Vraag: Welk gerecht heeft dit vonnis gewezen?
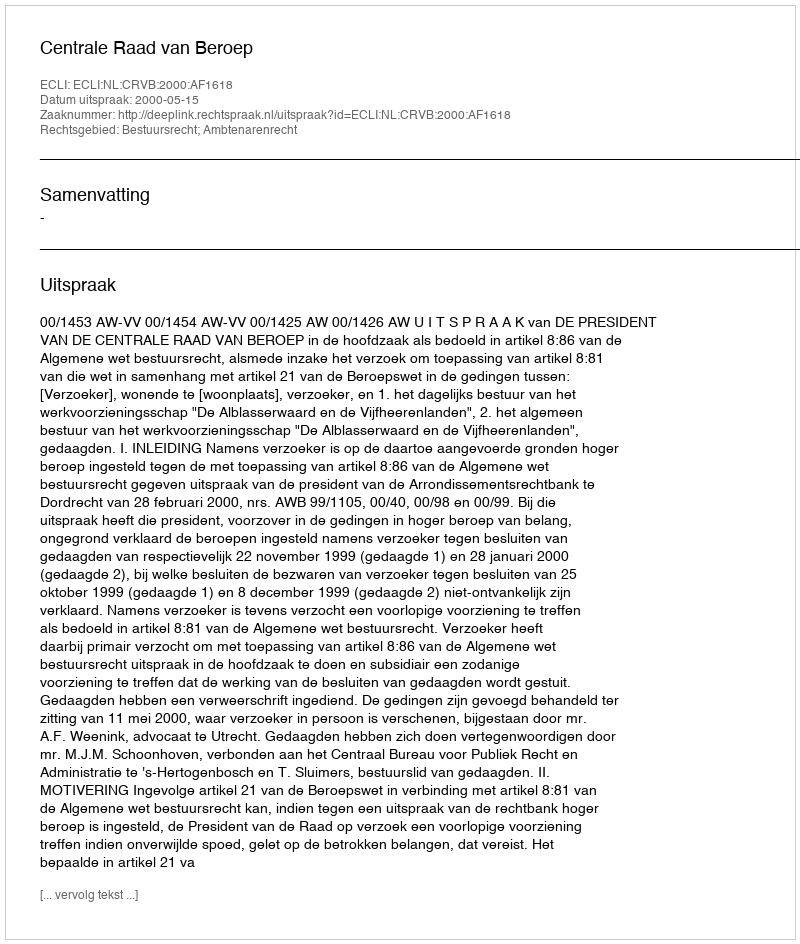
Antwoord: Centrale Raad van Beroep